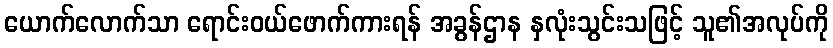
ယောက်လောက်သာ ရောင်းဝယ်ဖောက်ကားရန် အခွန်ဌာန နှလုံးသွင်းသဖြင့် သူ၏အလုပ်ကို